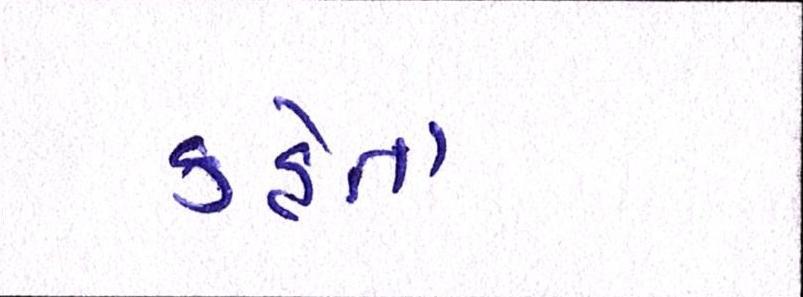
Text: કહેતાં